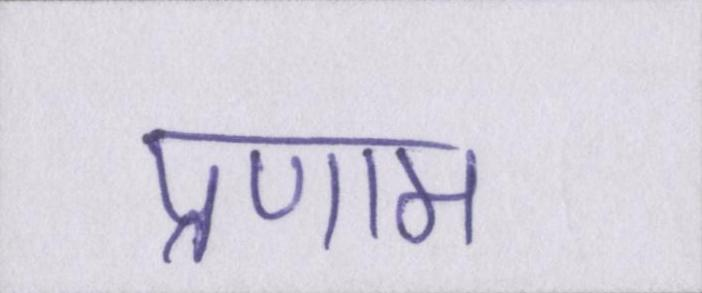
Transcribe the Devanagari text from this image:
प्रणाम